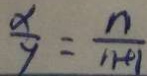
\frac { \alpha } { y } = \frac { n } { n + 1 }